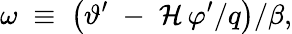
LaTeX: \omega\; \equiv\; \left(\vartheta^{\prime}\; -\; \mathcal{H}\, \varphi^{\prime}/q\right)/\beta,